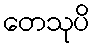
တေသုပိ